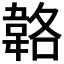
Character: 𩎬